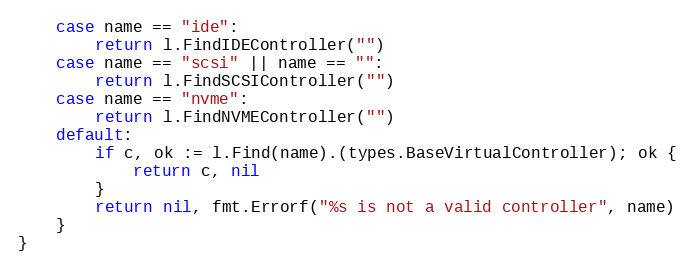
Language: Go
	case name == "ide":
		return l.FindIDEController("")
	case name == "scsi" || name == "":
		return l.FindSCSIController("")
	case name == "nvme":
		return l.FindNVMEController("")
	default:
		if c, ok := l.Find(name).(types.BaseVirtualController); ok {
			return c, nil
		}
		return nil, fmt.Errorf("%s is not a valid controller", name)
	}
}